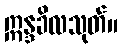
ဣန္ဒခိလသုတ်။